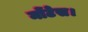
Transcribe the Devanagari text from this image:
मोंटेस।